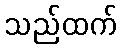
သည်ထက်